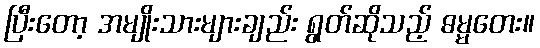
ပြီးတော့ အမျိုးသားများချည်း ရွတ်ဆိုသည့် ဓမ္မတေး။